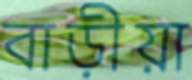
বাড়ীয়া